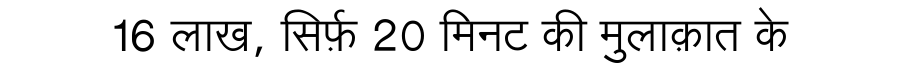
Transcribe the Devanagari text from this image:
16 लाख, सिर्फ़ 20 मिनट की मुलाक़ात के